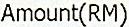
AMOUNT(RM)